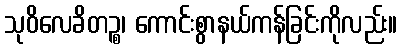
သုဝိလေခိတဉ္စ၊ ကောင်းစွာနယ်ကန်ခြင်းကိုလည်း။